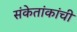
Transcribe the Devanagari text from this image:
संकेतांकांची